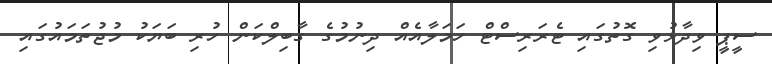
ސީޕީ ވިދާޅުވި ގޮތުގައި ޓެރަރިސްޓް ހަމަލާއެއް ދިނުމުގެ ގާބިލްކަން ހުރި ބަޔަކު މުޖުތަމައުގައި